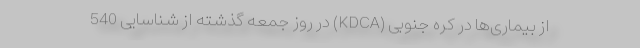
از بیماری‌ها در کره جنوبی (KDCA) در روز جمعه گذشته از شناسایی 540